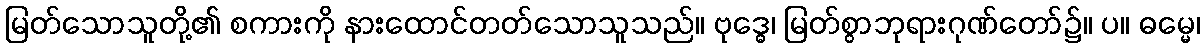
မြတ်သောသူတို့၏ စကားကို နားထောင်တတ်သောသူသည်။ ဗုဒ္ဓေ၊ မြတ်စွာဘုရားဂုဏ်တော်၌။ ပ။ ဓမ္မေ၊